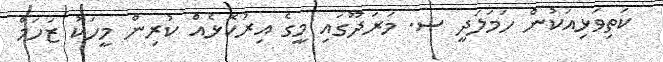
ކަތިވަޅިއަކުން ހަމަލަދީ ސ. މަރަދޫގައި މީގެ އިރުކޮޅެއް ކުރިން މީހަކު ޒަހަމް